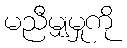
မညီမျှမှုကို